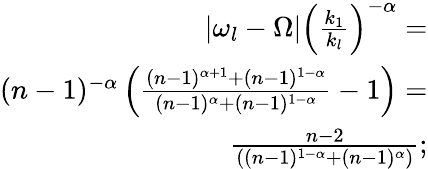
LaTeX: \begin{array}{r}{|\omega_{l}-\Omega|\left(\frac{k_{1}}{k_{l}}\right)^{-\alpha}=}\\ {(n-1)^{-\alpha}\left(\frac{(n-1)^{\alpha+1}+(n-1)^{1-\alpha}}{(n-1)^{\alpha}+(n-1)^{1-\alpha}}-1\right)=}\\ {\frac{n-2}{((n-1)^{1-\alpha}+(n-1)^{\alpha})};}\end{array}